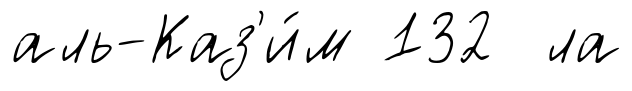
аль-Каз'и́м 132 ла